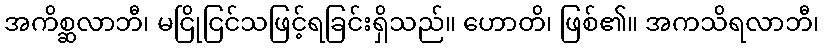
အကိစ္ဆလာဘီ၊ မငြိုငြင်သဖြင့်ရခြင်းရှိသည်။ ဟောတိ၊ ဖြစ်၏။ အကသိရလာဘီ၊